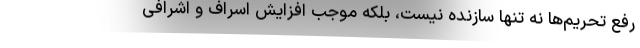
رفع تحریم‌ها نه تنها سازنده نیست، بلکه موجب افزایش اسراف و اشرافی